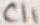
Text: C11